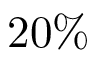
2 0 \%